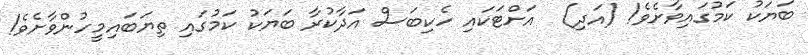
ބަޔަކު ކަމުގައިވާށެވެ! (އަދި)  އަށްޓަކައި ހެކިބަސް އަދާކުރާ ބަޔަކު ކަމުގައި ތިޔަބައިމީހުންވާށެވެ!